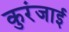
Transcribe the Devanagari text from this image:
कुरंजाई